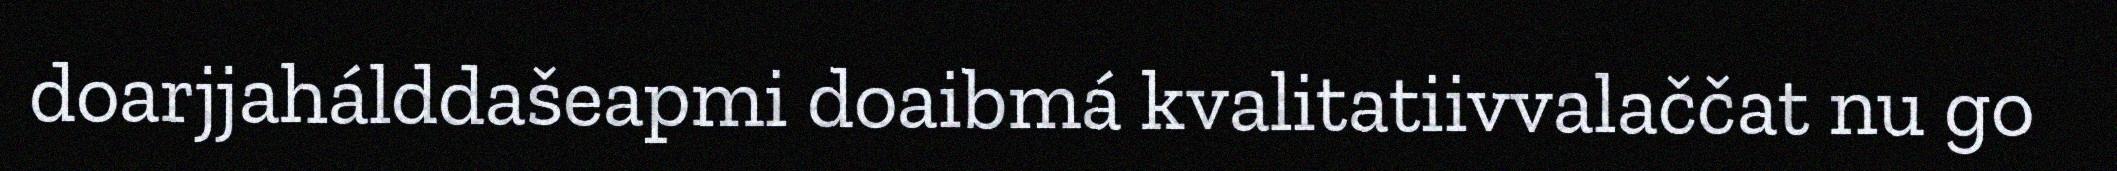
doarjjahálddašeapmi doaibmá kvalitatiivvalaččat nu go